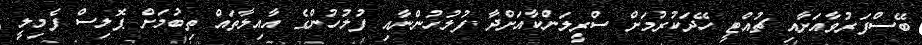
ބޭސްފަރުވާއަށާއި ޗުއްޓީ ހޭދަކުރުމަށް ސްރީލަންކާއަށްދާ ފުލުހުންނާއި ފުލުހުންގެ އާއިލާތައް ތިބުމަށް ޕޮލިސް ފެމިލީ